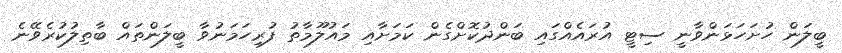
ބީލަން ހުށަހަޅަންވާނީ ސިޓީ އުރައެއްގައި ބަންދުކޮށްގެން ކަމަށާއި މައުލޫމާތު ފުރިހަމަނުވާ ބީލަންތައް ބާތިލުކުރެވޭނެ